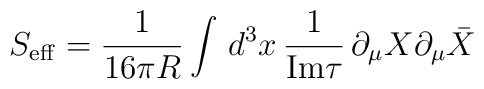
S_{\rm eff}=\frac{1}{16\pi R}\int\, d^{3}x\, \frac{1}{{\rm Im} \tau}\,\partial_{\mu}X \partial_{\mu}\bar{X}